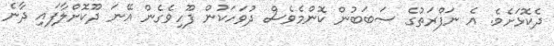
ދެކޮޅަށެވެ. އެ ނަފްރަތުގެ ސަބަބުން ކޮންމެވެސް ދުވަހަކުން ފޫހިވެގެން އޭނަ ދޫކޮށްލާފައި ދާނެ